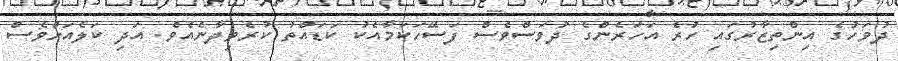
ދުވަހުގެ އިންތިޒާރުގައި ހުރެ އަހަރެންގެ ދުވަސްވެސް ފަސޭހަކަމާއެކު ކަޑައްތު ކުރެވިދާނެއެވެ. އަދި ކަލެއަށްވެސް